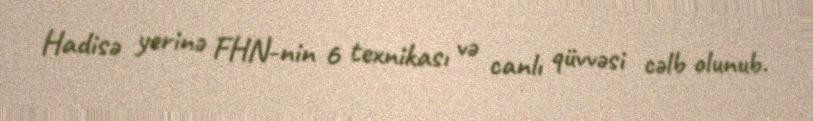
Hadisə yerinə FHN-nin 6 texnikası və canlı qüvvəsi cəlb olunub.